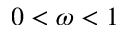
0 < \omega < 1